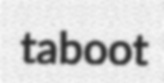
taboot